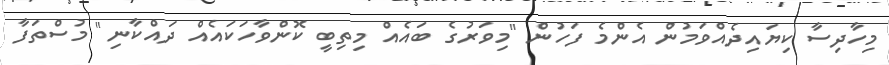
މިހާދިސާ ކިޔައިދެއްވަމުން އެންމެ ފަހުން "މިވަރުގެ ބައެއް މިތިބީ ކޮންވާހަކައެއް ދައްކާނި" މުސްތަފާ